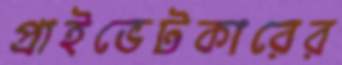
প্রাইভেটকারের